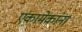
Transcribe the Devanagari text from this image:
एकामेकांना